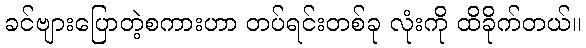
ခင်ဗျားပြောတဲ့စကားဟာ တပ်ရင်းတစ်ခု လုံးကို ထိခိုက်တယ်။